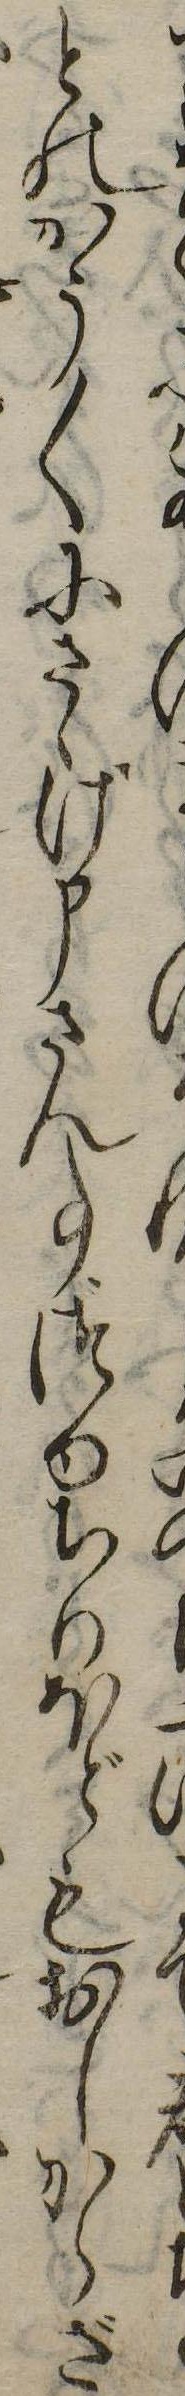
とのかう〱にさゝげ申さん事づゆちりほどもおしからざ